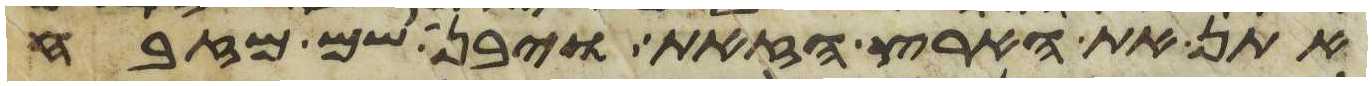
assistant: אתן את הארץ הזאת ויבן שם מזבח